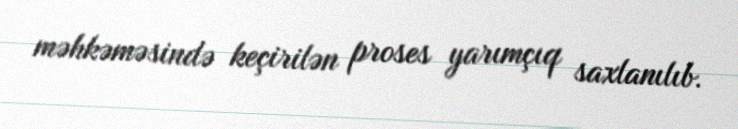
məhkəməsində keçirilən proses yarımçıq saxlanılıb.